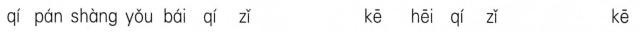
qí pán shàng yǒu bái qí zǐ kē hēi qí zǐ kē